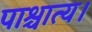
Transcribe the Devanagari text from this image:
पाश्चात्य।